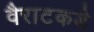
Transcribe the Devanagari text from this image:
वैराटकडे